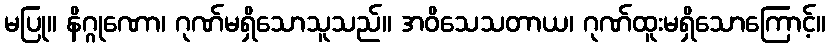
မပြု။ နိဂ္ဂုဏော၊ ဂုဏ်မရှိသောသူသည်။ အဝိသေသတာယ၊ ဂုဏ်ထူးမရှိသောကြောင့်။